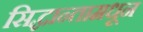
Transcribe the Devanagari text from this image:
सिद्धान्तामधून